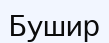
Бушир